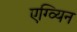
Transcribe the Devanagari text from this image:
एग्व्यिन